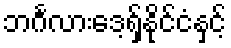
ဘင်္ဂလားဒေ့ရှ်နိုင်ငံနှင့်